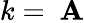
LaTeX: k=~\mathbf{A}